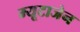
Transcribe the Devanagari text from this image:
म्यूटाजेन